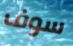
سوف